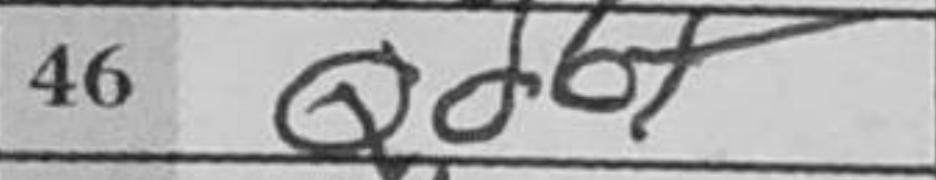
Transcription: Qd6+